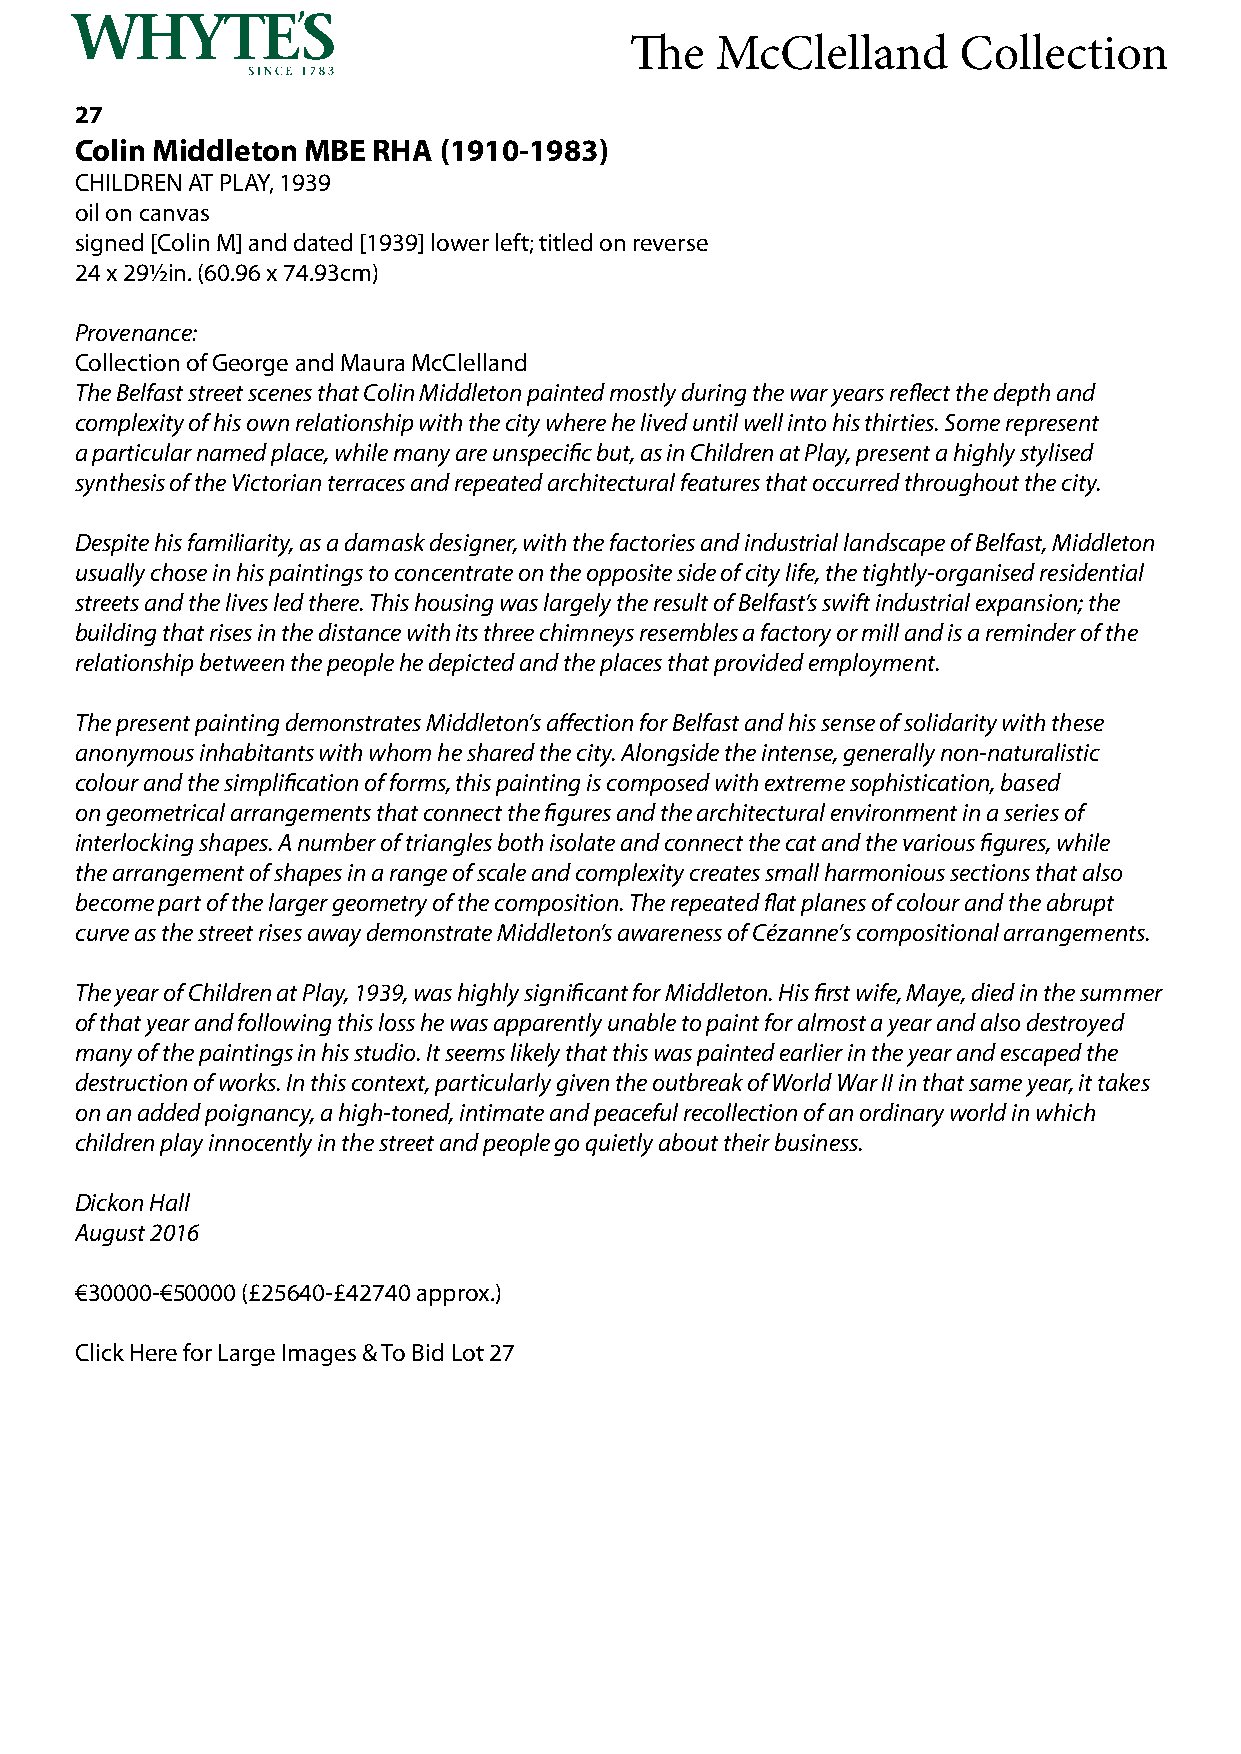
The  McClelland      Collection
 27
 Colin Middleton MBE RHA (1910-1983)
 CHILDREN AT PLAY, 1939
 oil on canvas
 signed [Colin M] and dated [1939] lower left; titled on reverse
 24 x 29½in. (60.96 x 74.93cm)
 Provenance:
 Collection of George and Maura McClelland
 The Belfast street scenes that Colin Middleton painted mostly during the war years reflect the depth and
 complexity of his own relationship with the city where he lived until well into his thirties. Some represent
 a particular named place, while many are unspecific but, as in Children at Play, present a highly stylised
 synthesis of the Victorian terraces and repeated architectural features that occurred throughout the city.
 Despite his familiarity, as a damask designer, with the factories and industrial landscape of Belfast, Middleton
 usually chose in his paintings to concentrate on the opposite side of city life, the tightly-organised residential
 streets and the lives led there. This housing was largely the result of Belfast’s swift industrial expansion; the
 building that rises in the distance with its three chimneys resembles a factory or mill and is a reminder of the
 relationship between the people he depicted and the places that provided employment.
 The present painting demonstrates Middleton’s affection for Belfast and his sense of solidarity with these
 anonymous inhabitants with whom he shared the city. Alongside the intense, generally non-naturalistic
 colour and the simplification of forms, this painting is composed with extreme sophistication, based
 on geometrical arrangements that connect the figures and the architectural environment in a series of
 interlocking shapes. A number of triangles both isolate and connect the cat and the various figures, while
 the arrangement of shapes in a range of scale and complexity creates small harmonious sections that also
 become part of the larger geometry of the composition. The repeated flat planes of colour and the abrupt
 curve as the street rises away demonstrate Middleton’s awareness of Cézanne’s compositional arrangements.
 The year of Children at Play, 1939, was highly significant for Middleton. His first wife, Maye, died in the summer
 of that year and following this loss he was apparently unable to paint for almost a year and also destroyed
 many of the paintings in his studio. It seems likely that this was painted earlier in the year and escaped the
 destruction of works. In this context, particularly given the outbreak of World War II in that same year, it takes
 on an added poignancy, a high-toned, intimate and peaceful recollection of an ordinary world in which
 children play innocently in the street and people go quietly about their business.
 Dickon Hall
 August 2016
 €30000-€50000 (£25640-£42740 approx.)
 Click Here for Large Images & To Bid Lot 27